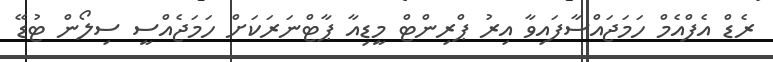
ރެޑް އެފްއެމް ހަމަޖައްސާފައިވާ އިރު ޕްރިންޓް މީޑިއާ ޕާޓްނަރަކަށް ހަމަޖެއްސީ ސިލޯން ޓުޑޭ